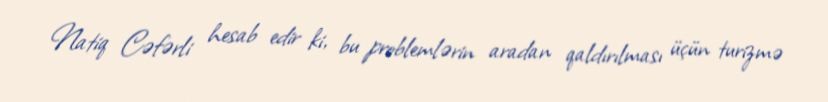
Natiq Cəfərli hesab edir ki, bu problemlərin aradan qaldırılması üçün turizmə